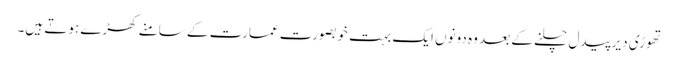
تھوڑی دیر پیدل چلنے کے بعد وہ دونوں ایک بہت خوبصورت عمارت کے سامنے کھڑے ہوتے ہیں۔